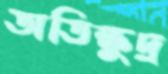
অতিক্ষুদ্র